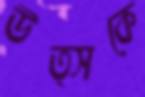
উত্সকে